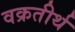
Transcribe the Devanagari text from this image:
वक्रतीर्थ